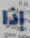
إذا